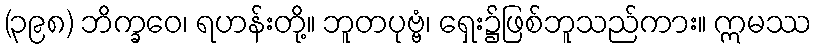
(၃၉၈) ဘိက္ခဝေ၊ ရဟန်းတို့။ ဘူတပုဗ္ဗံ၊ ရှေး၌ဖြစ်ဘူသည်ကား။ ဣမဿ